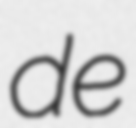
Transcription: de